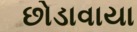
છોડાવાયા